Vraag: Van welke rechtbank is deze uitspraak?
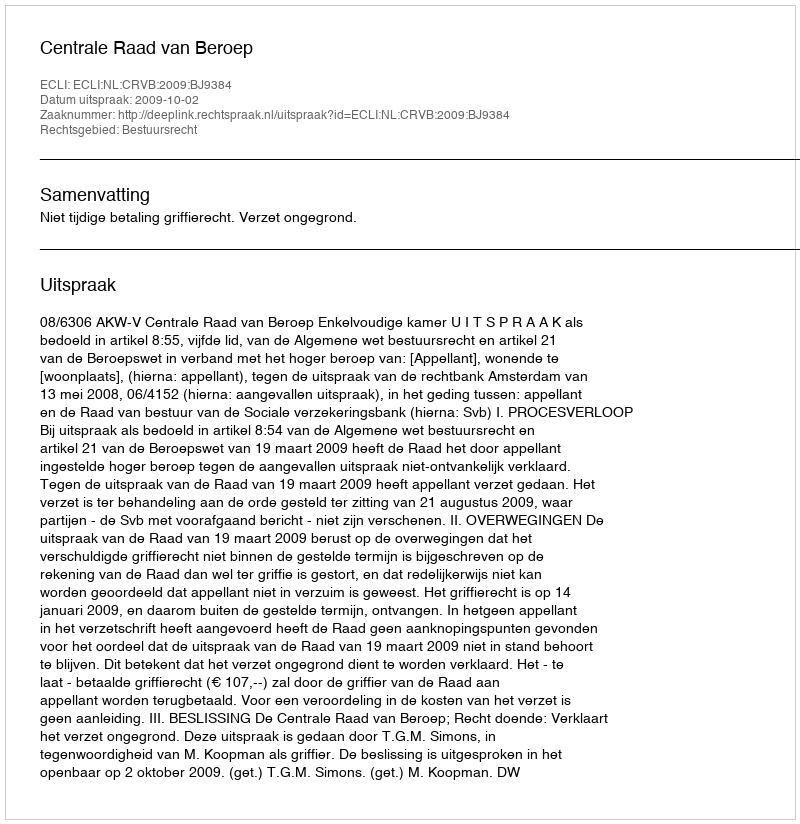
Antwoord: Centrale Raad van Beroep